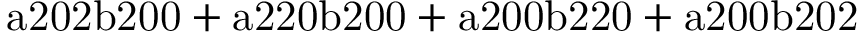
\mathrm { a 2 0 2 b 2 0 0 + a 2 2 0 b 2 0 0 + a 2 0 0 b 2 2 0 + a 2 0 0 b 2 0 2 }